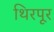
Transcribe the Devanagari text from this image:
थिरपूर